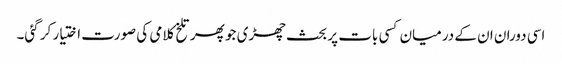
اسی دوران ان کے درمیان کسی بات پر بحث چھڑی جو پھر تلخ کلامی کی صورت اختیار کر گئی۔